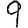
Digit: 9